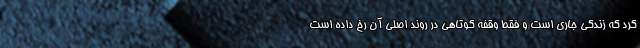
کرد که زندگی جاری است و فقط وقفه کوتاهی در روند اصلی آن رخ داده است